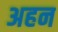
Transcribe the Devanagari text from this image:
अहन